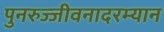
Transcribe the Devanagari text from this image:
पुनरुज्जीवनादरम्यान